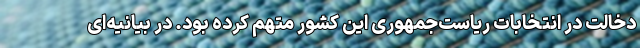
دخالت در انتخابات ریاست‌جمهوری این کشور متهم کرده بود. در بیانیه‌ای